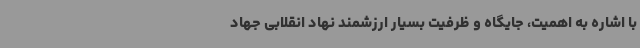
با اشاره به اهمیت، جایگاه و ظرفیت بسیار ارزشمند نهاد انقلابی جهاد